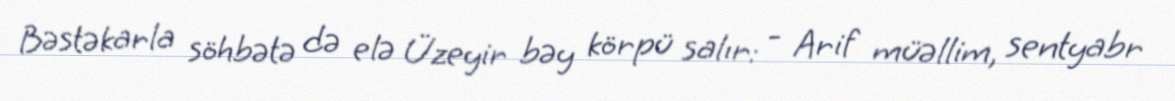
Bəstəkarla söhbətə də elə Üzeyir bəy körpü salır: - Arif müəllim, sentyabr